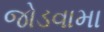
જોડવામા